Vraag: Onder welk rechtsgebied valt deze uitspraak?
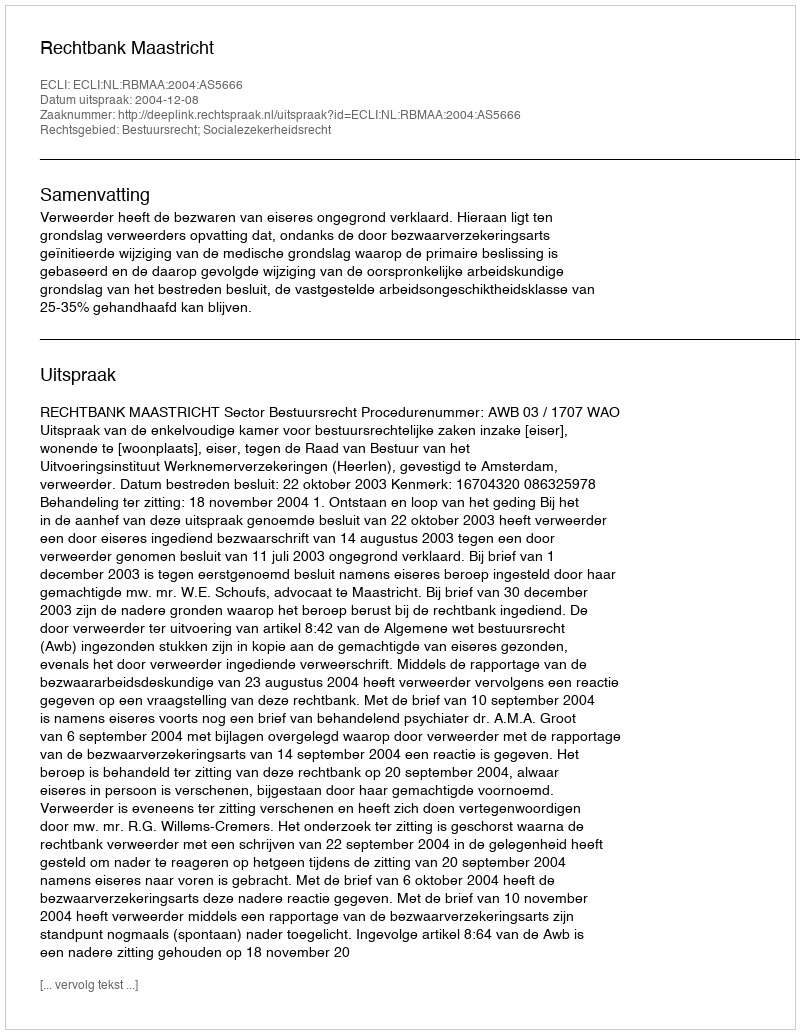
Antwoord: Bestuursrecht; Socialezekerheidsrecht